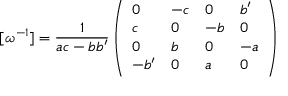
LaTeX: [ { { \omega } ^ { - 1 } } ] = { \frac { 1 } { a c - b { b ^ { \prime } } } } \left( \begin{array} { l l l l } { { 0 } } & { { - c } } & { { 0 } } & { { { b ^ { \prime } } } } \\ { { c } } & { { 0 } } & { { - b } } & { { 0 } } \\ { { 0 } } & { { b } } & { { 0 } } & { { - a } } \\ { { - { b ^ { \prime } } } } & { { 0 } } & { { a } } & { { 0 } } \end{array} \right)